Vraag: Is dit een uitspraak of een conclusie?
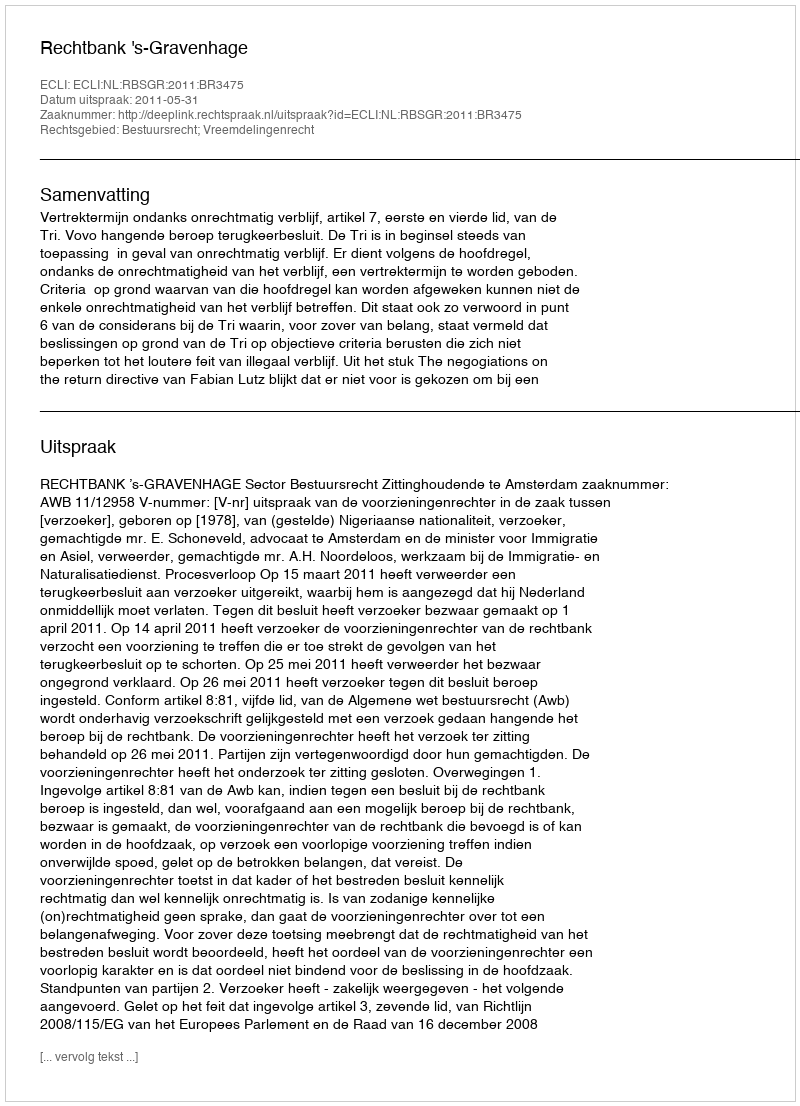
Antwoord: Uitspraak